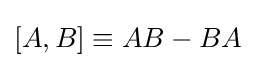
[A,B]\equiv AB-BA